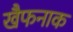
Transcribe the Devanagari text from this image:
खैफनाक